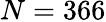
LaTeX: N=366